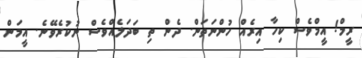
ރީމް! އީމްވެސް ކިހާ އިރެއް ހުންނަތަން. ދެން ތި ބަދަލެއްވެސް ނުކުރެވޭނެ. އީމަން